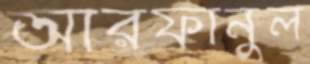
আরফানুল